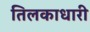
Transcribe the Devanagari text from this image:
तिलकाधारी